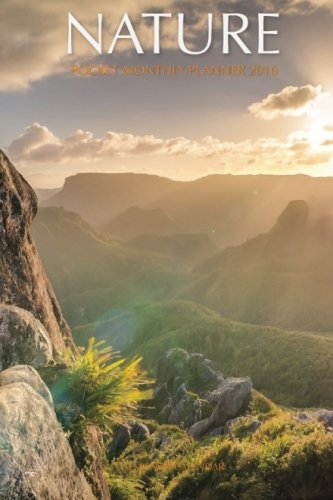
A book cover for Nature Pocket Monthly Planner 2016: 16 Month Calendar; Jack Smith; Calendars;